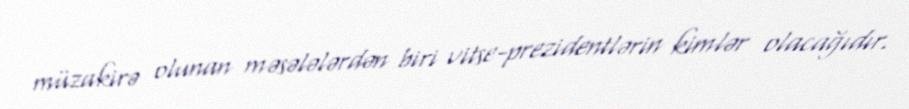
müzakirə olunan məsələlərdən biri vitse-prezidentlərin kimlər olacağıdır.